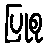
ပြုစု